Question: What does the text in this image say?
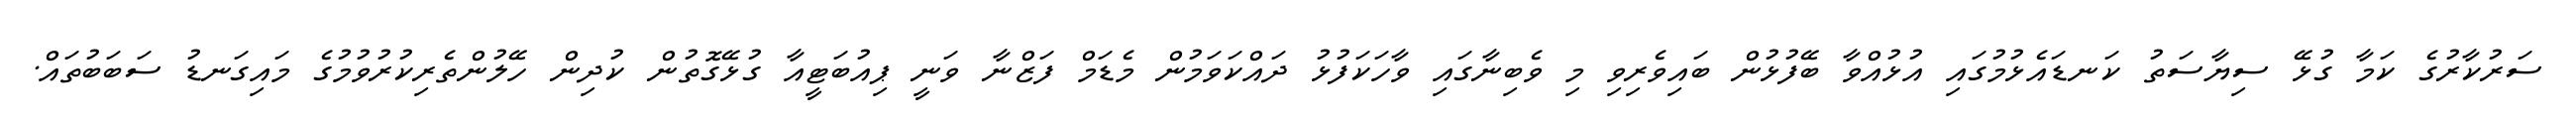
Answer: ސަރުކާރުގެ ކަމާ ގުޅޭ ސިޔާސަތު ކަނޑައެޅުމުގައި އުޅުއްވާ ބޭފުޅުން ބައިވެރިވި މި ވެބިނާގައި ވާހަކަފުޅު ދައްކަވަމުން މެޑަމް ފަޒްނާ ވަނީ ޕިއުބަޓީއާ ގުޅޭގޮތުން ކުދިން ހޭލުންތެރިކުރުވުމުގެ މައިގަނޑު ސަބަބުތައް.